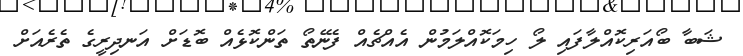
ޝަބާ ބޯއަރިކޮއްލާފައި ލޯ ހިމަކޮއްލަމުން އެއްޗެއް ފެނޭތޯ ތަންކޮޅެއް ބޮޑަށް އަނދިރީގެ ތެރެއަށް